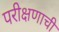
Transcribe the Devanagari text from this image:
परीक्षणाची